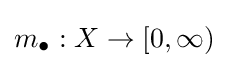
m_{\bullet }:X\to [0,\infty )